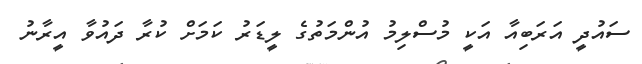
ސައުދީ އަރަބިއާ އަކީ މުސްލިމު އުންމަތުގެ ލީޑަރު ކަމަށް ކުރާ ދައުވާ އީރާނު